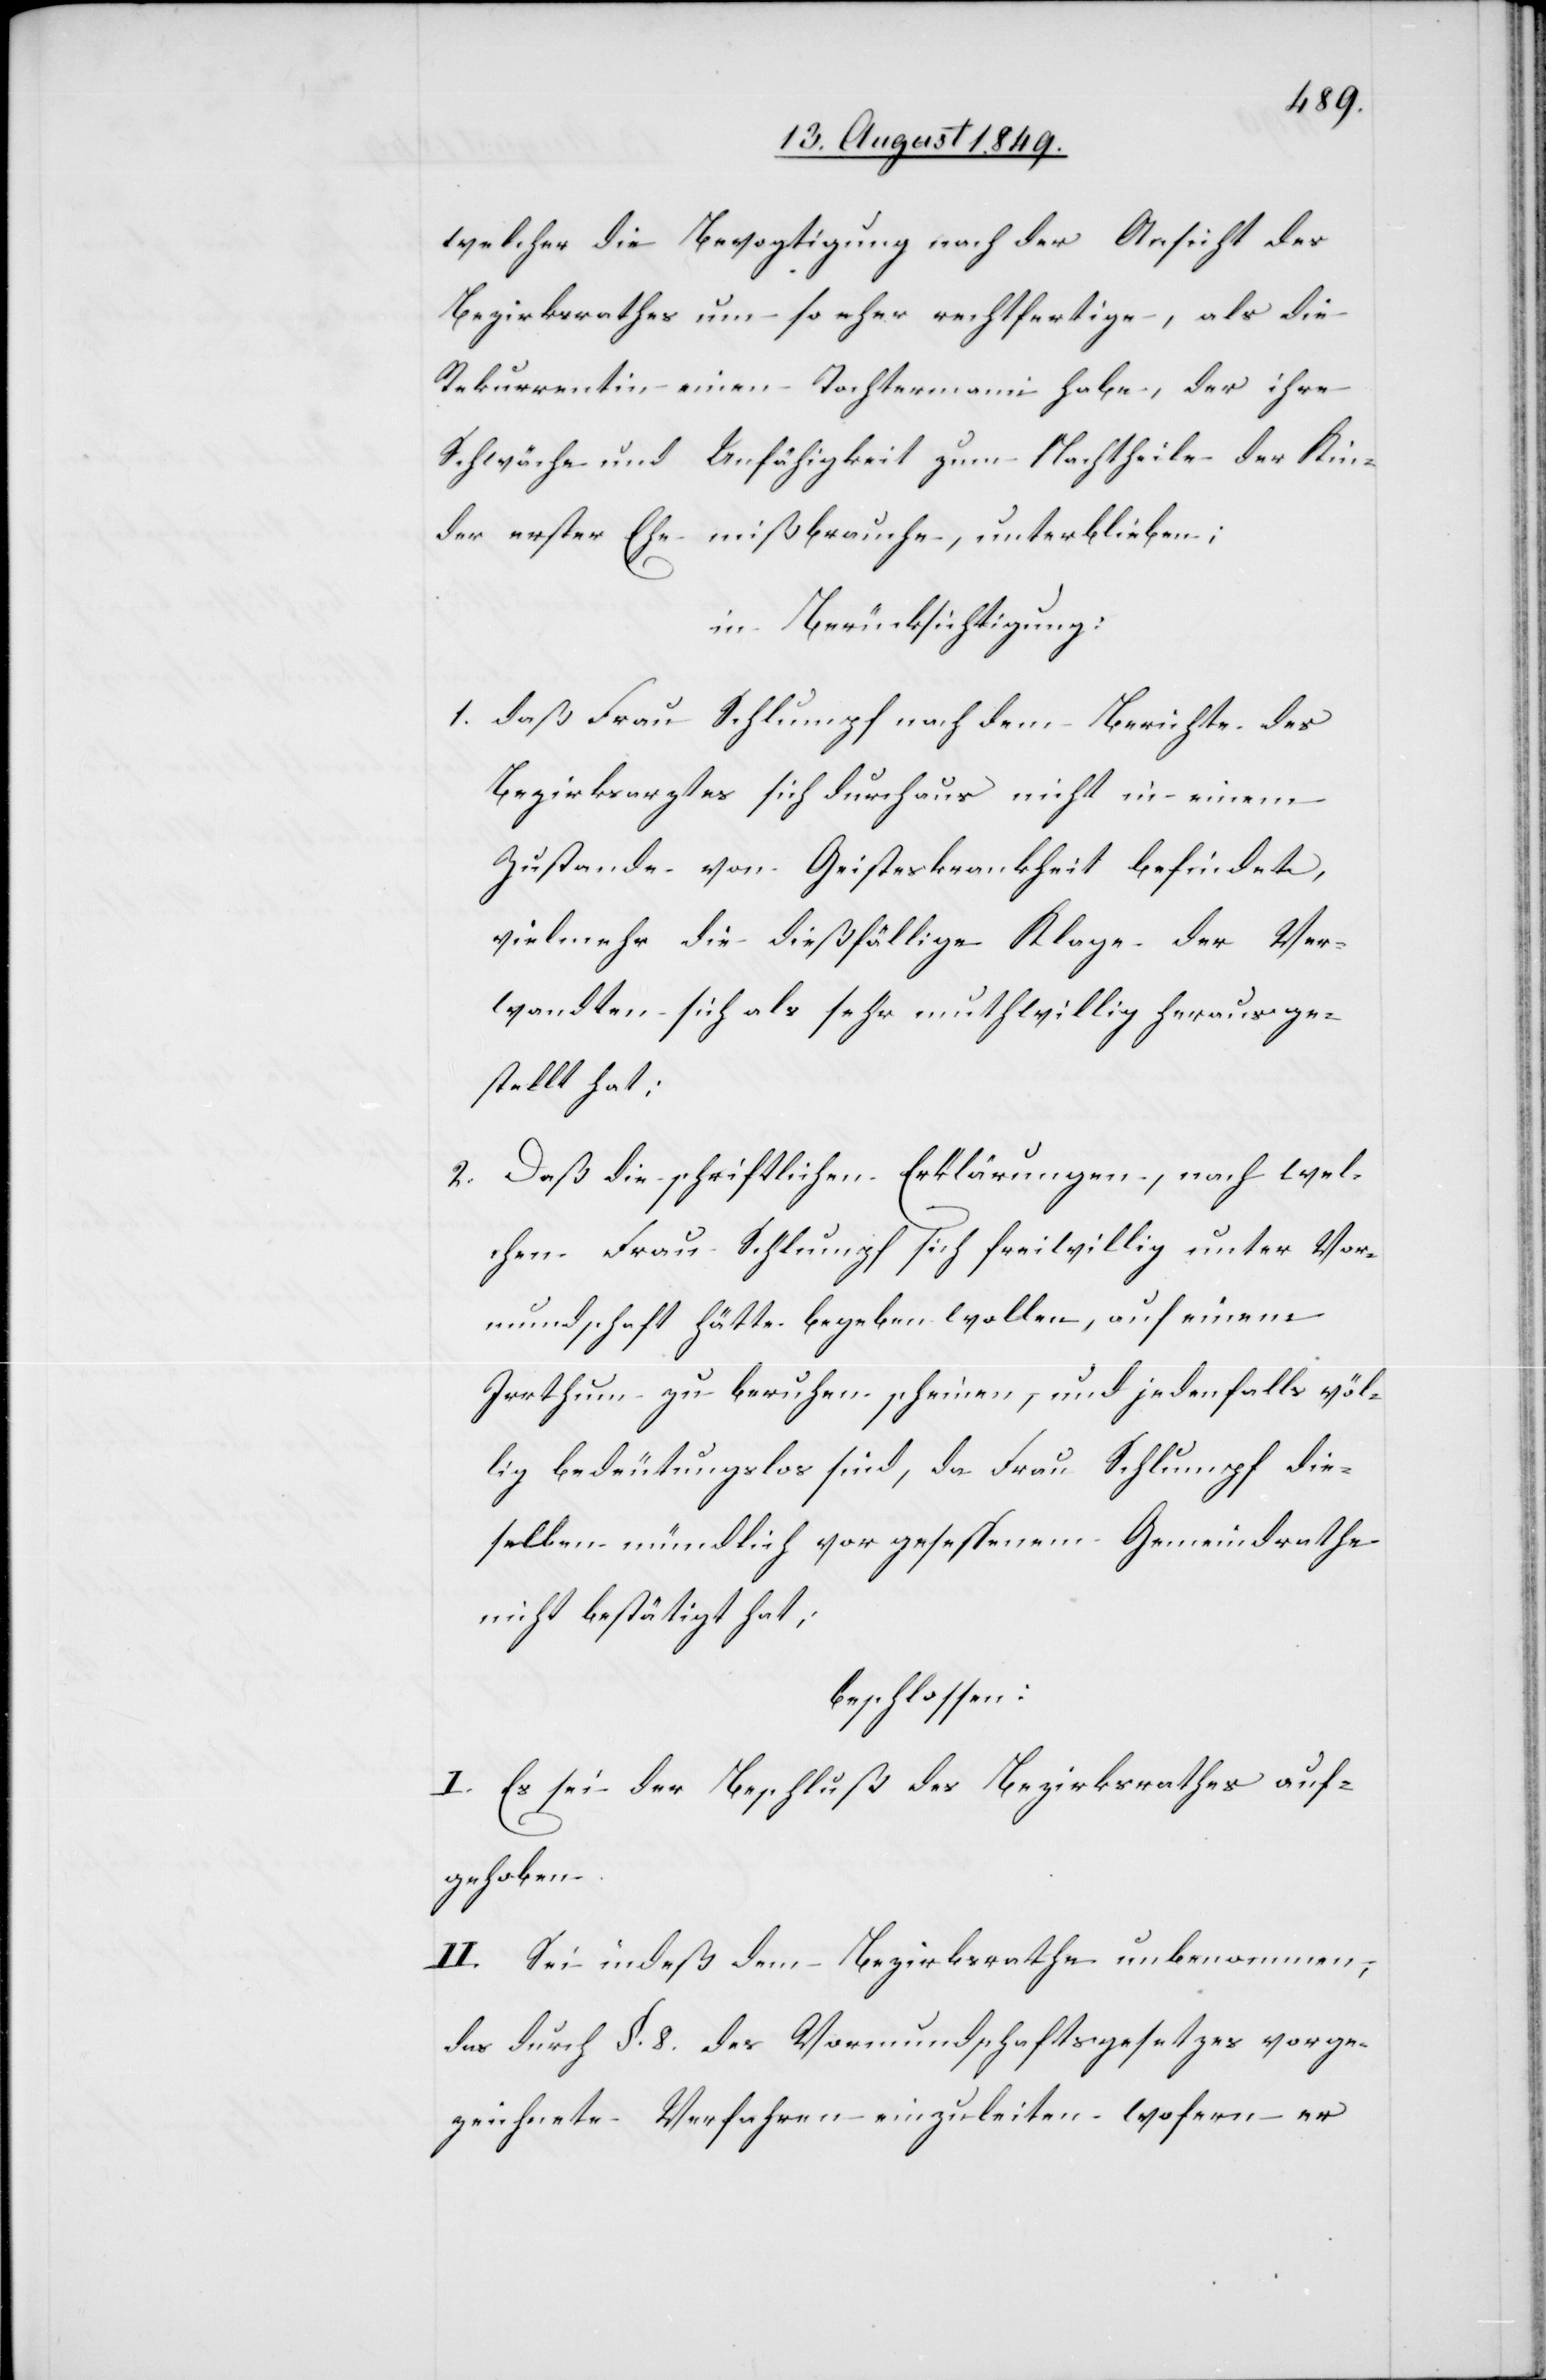
welcher die Bevogtigung nach der Ansicht des
Bezirksrathes um so eher rechtfertige, als die
Rekurrentin einen Tochtermann habe, der ihre
Schwäche und Unfähigkeit zum Nachtheile der Kin¬
der erster Ehe mißbrauche, unterblieben;
in Berücksichtigung:
1. daß Frau Schlumpf nach dem Berichte des
Bezirksrathes sich durchaus nicht in einem
Zustande von Geisteskrankheit befindet,
vielmehr die dießfällige Klage der Ver¬
wandten sich als sehr muthwillig herausge¬
stellt hat:
2. Daß die schriftlichen Erklärungen, nach wel¬
chen Frau Schlumpf sich freiwillig unter Vor¬
mundschaft hätte begeben wollen, auf einem
Irrthum zu beruhen scheinen, und jedenfalls völ¬
lig bedeutungslos sind, da Frau Schlumpf die¬
selben mündlich vor gesessenem Gemeindrathe
nicht bestätigt hat;
beschlossen:
I. Es sei der Beschluß des Bezirksrathes auf¬
gehoben.
II. Sei indeß dem Bezirksrathe unbenommen,
das durch §. 8. des Vormundschaftsgesetzes vorge¬
zeichnete Verfahren einzuleiten wofern er